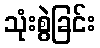
သုံးစွဲခြင်း